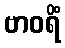
ဗာဝရိံ